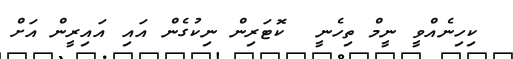
ކިހިނެއްވީ ނީމް ތިހެނީ  ކޮޓަރިން ނިކުގެން އައި އައިރީން އަށް